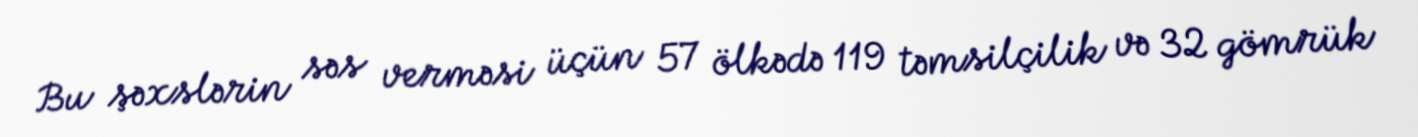
Bu şəxslərin səs verməsi üçün 57 ölkədə 119 təmsilçilik və 32 gömrük